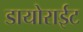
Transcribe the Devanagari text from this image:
डायोराईट